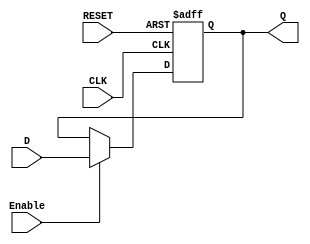
module D_FlipFlopRST16(Q, D, CLK, Enable, RESET);

	input [15:0] D;
	output reg [15:0] Q;
	input CLK, Enable, RESET;

	always @(posedge CLK or posedge RESET)
		begin
			if(RESET)
				Q <= 1'b0;
			else if(Enable)
				Q <= D;
		end
	
endmodule